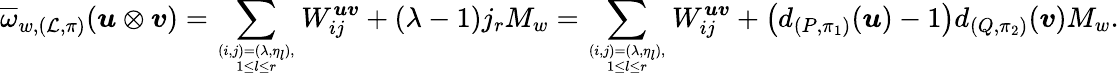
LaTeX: \overline{{\omega}}_{w,(\mathcal{L},\pi)}(\boldsymbol{u}\otimes\boldsymbol{v})=\sum_{(i,j)=(\lambda,\eta_{l}),\atop 1\leq l\leq r}W_{ij}^{\boldsymbol{uv}}+(\lambda-1)j_{r}M_{w}=\sum_{(i,j)=(\lambda,\eta_{l}),\atop 1\leq l\leq r}W_{ij}^{\boldsymbol{uv}}+\left(d_{(P,\pi_{1})}(\boldsymbol{u})-1\right)d_{(Q,\pi_{2})}(\boldsymbol{v})M_{w}.